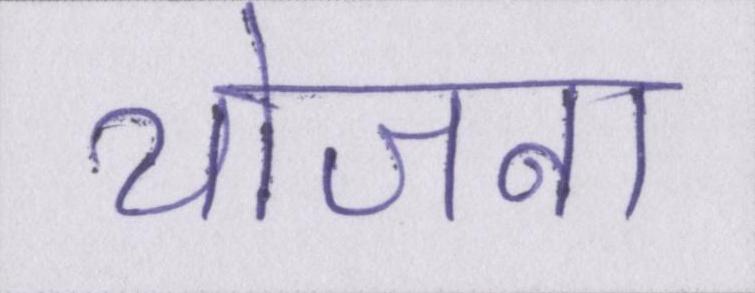
योजना